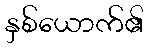
နှစ်ယောက်၏